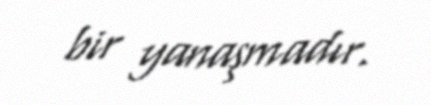
bir yanaşmadır.